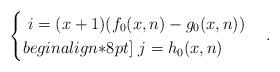
LaTeX: \begin{align*}\begin{cases}\ i = (x + 1) (f_0(x,n) - g_0(x,n)) \\begin{align*}8pt]\ j = h_0(x,n)\end{cases}.\end{align*}